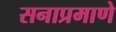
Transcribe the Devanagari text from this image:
सनाप्रमाणे